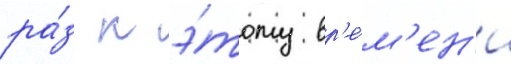
ра́з к э́тому вр'е́м'ен'и